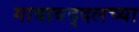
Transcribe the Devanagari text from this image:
गावाबद्दलच्या